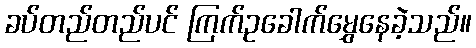
ခပ်တည်တည်ပင် ကြက်ဥခေါက်မွှေနေခဲ့သည်။